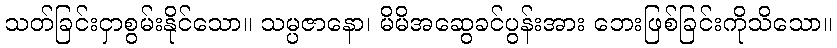
သတ်ခြင်းငှာစွမ်းနိုင်သော။ သမ္ပဇာနော၊ မိမိအဆွေခင်ပွန်းအား ဘေးဖြစ်ခြင်းကိုသိသော။